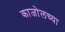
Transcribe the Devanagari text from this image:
काजोलच्या